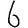
Digit: 6